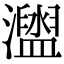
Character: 𤃗